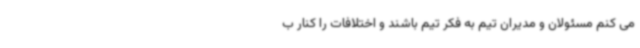
می کنم مسئولان و مدیران تیم به فکر تیم باشند و اختلافات را کنار ب